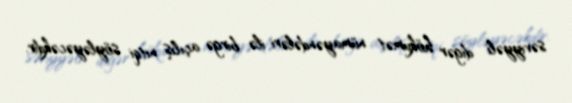
səviyyəli digər hökumət nümayəndələri ilə birgə açılış nitqi söyləyəcəkdir.